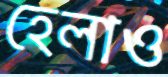
হেলাও